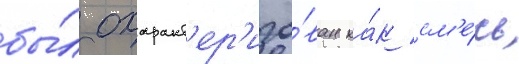
бы́л охаракт'ер'изо́ван ка́к см'е́сь